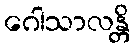
ဂေါသာလန္တိ